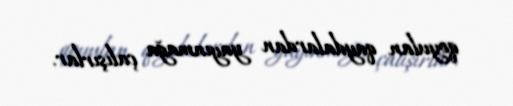
qoyulan qaydalardan yayınmağa çalışırlar.